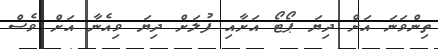
ތިންވަނަ އަށް ދިޔަ ޕޯޓޯ އަށާއި ފުލަށް ދިޔަ ވިއެނާ އަށް ވެސް